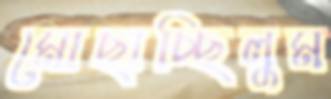
মোছাচ্ছিলুম